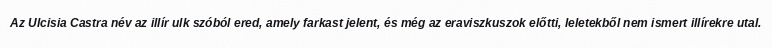
Az Ulcisia Castra név az illír ulk szóból ered, amely farkast jelent, és még az eraviszkuszok előtti, leletekből nem ismert illírekre utal.